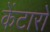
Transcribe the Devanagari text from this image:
केंटारो